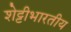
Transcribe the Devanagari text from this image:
शेट्टीभारतीय